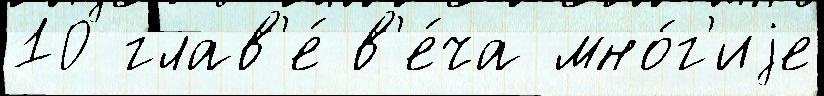
10 глав'е́ в'е́ча мно́г'иjе